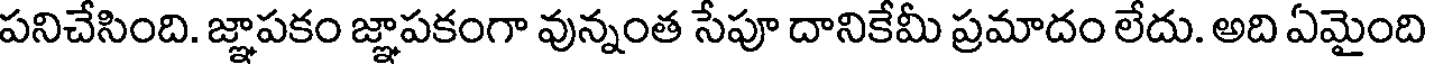
పనిచేసింది. జ్ఞాపకం జ్ఞాపకంగా వున్నంత సేపూ దానికేమీ ప్రమాదం లేదు. అది ఏమైంది